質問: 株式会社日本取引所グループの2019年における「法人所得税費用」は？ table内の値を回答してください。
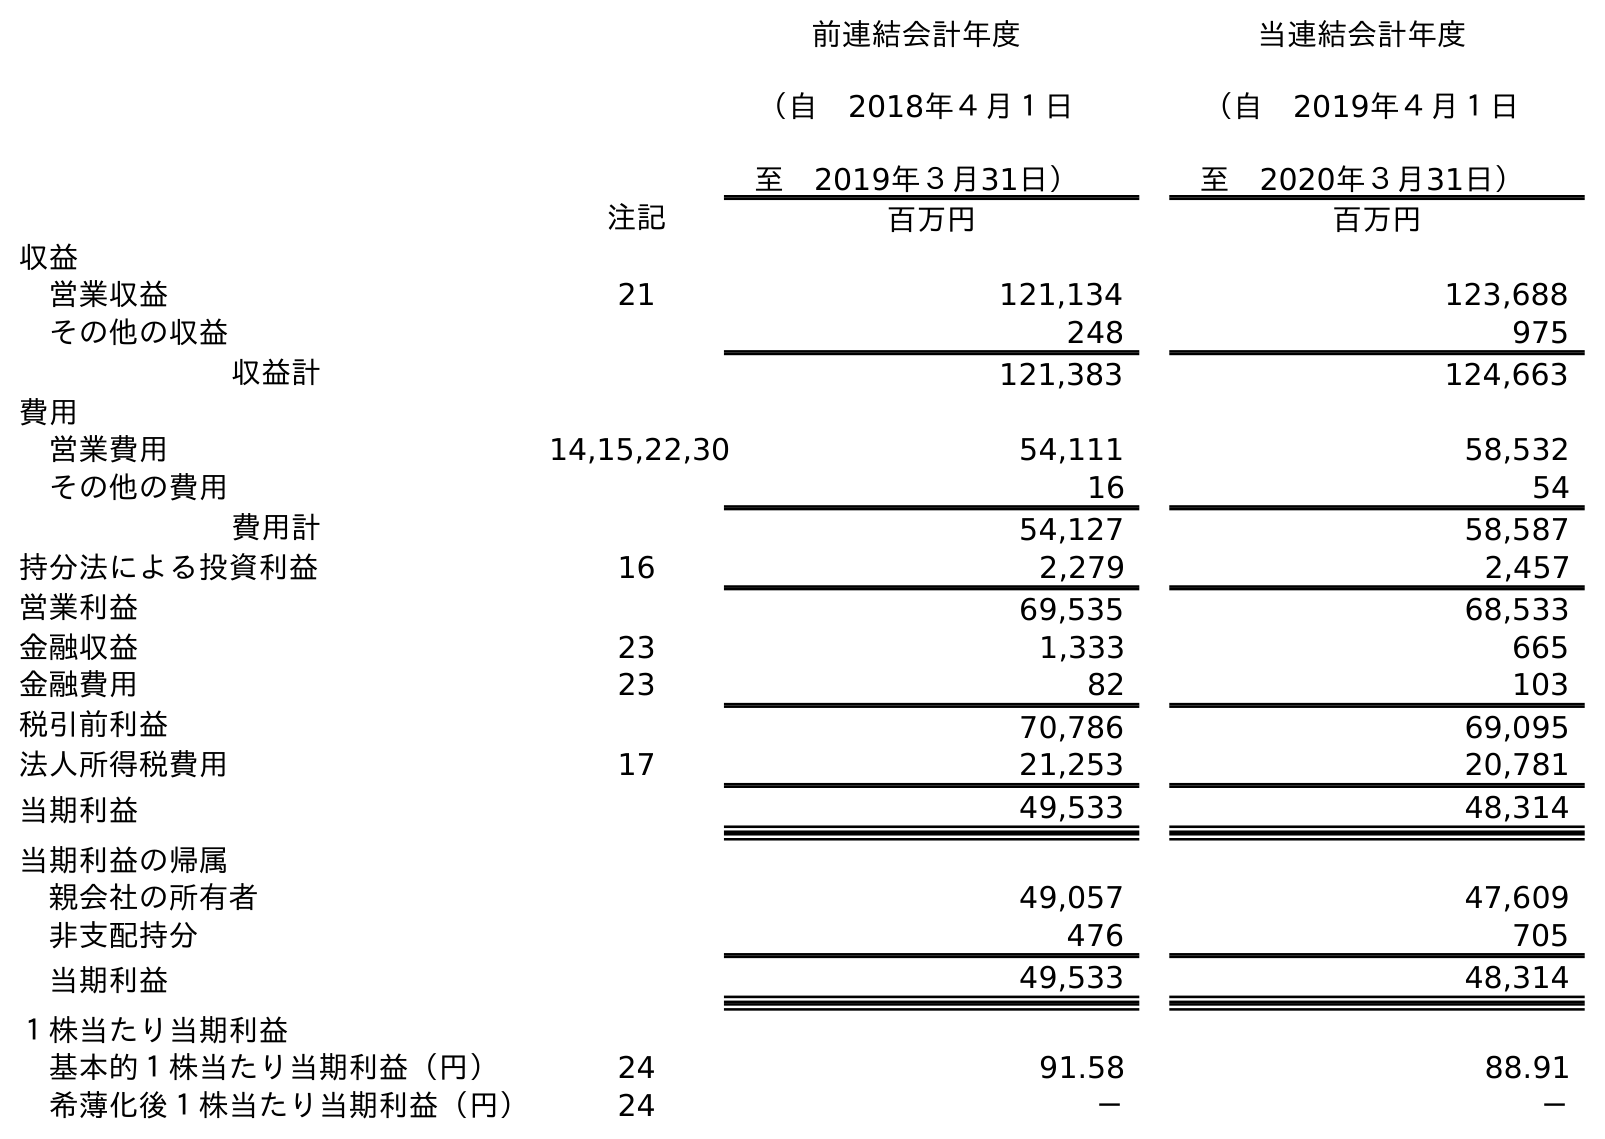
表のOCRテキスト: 前連結会計年度 （自 2018年４月１日 至 2019年３月31日） 当連結会計年度 （自 2019年４月１日 至 2020年３月31日） 注記 百万円 百万円 収益 営業収益 21 121,134 123,688 その他の収益 248 975 収益計 121,383 124,663 費用 営業費用 14,15,22,30 54,111 58,532 その他の費用 16 54 費用計 54,127 58,587 持分法による投資利益 16 2,279 2,457 営業利益 69,535 68,533 金融収益 23 1,333 665 金融費用 23 82 103 税引前利益 70,786 69,095 法人所得税費用 17 21,253 20,781 当期利益 49,533 48,314 当期利益の帰属 親会社の所有者 49,057 47,609 非支配持分 476 705 当期利益 49,533 48,314 １株当たり当期利益 基本的１株当たり当期利益（円） 24 91.58 88.91 希薄化後１株当たり当期利益（円） 24 － －
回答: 21,253